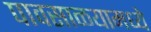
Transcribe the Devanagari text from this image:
पावसाळयामध्ये